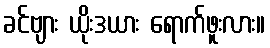
ခင်ဗျား ယိုးဒယား ရောက်ဖူးလား။